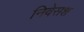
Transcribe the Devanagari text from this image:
निवेसश